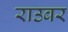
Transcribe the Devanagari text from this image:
राउबर